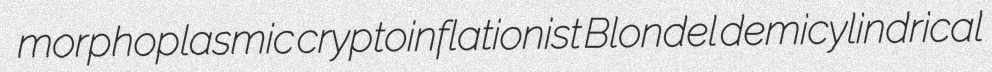
morphoplasmic cryptoinflationist Blondel demicylindrical